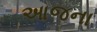
આજના